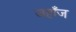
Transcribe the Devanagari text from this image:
जहाँज